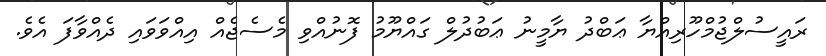
ރައީސުލްޖުމްހޫރިއްޔާ ޢަބްދު ޔާމީނު ޢަބުދުލް ގައްޔޫމު ފޮނުއްވި މެސެޖެއް އިއްވަވައި ދެއްވާފަ އެވެ.